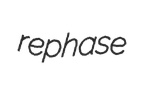
rephase